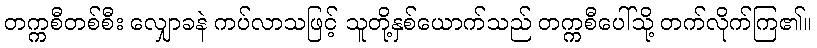
တက္ကစီတစ်စီး လျှောခနဲ ကပ်လာသဖြင့် သူတို့နှစ်ယောက်သည် တက္ကစီပေါ်သို့ တက်လိုက်ကြ၏။